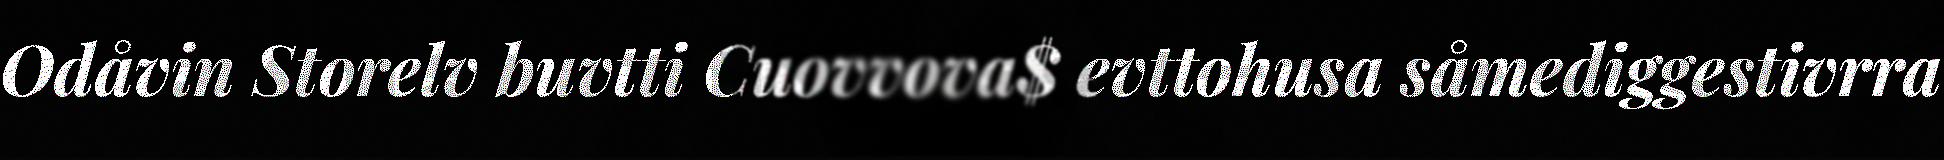
Odåvin Storelv buvtti Cuovvova$ evttohusa såmediggestivrra